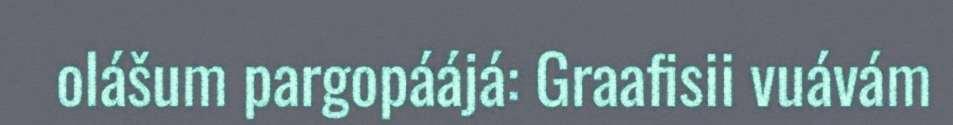
olášum pargopáájá: Graafisii vuávám